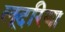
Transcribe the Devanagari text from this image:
लूदरिया